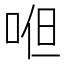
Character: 𭈂